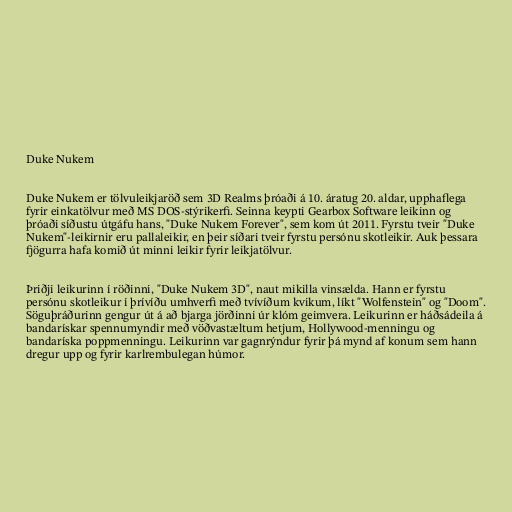
Duke Nukem

Duke Nukem er tölvuleikjaröð sem 3D Realms þróaði á 10. áratug 20. aldar, upphaflega
fyrir einkatölvur með MS DOS-stýrikerfi. Seinna keypti Gearbox Software leikinn og
þróaði síðustu útgáfu hans, "Duke Nukem Forever", sem kom út 2011. Fyrstu tveir "Duke
Nukem"-leikirnir eru pallaleikir, en þeir síðari tveir fyrstu persónu skotleikir. Auk þessara
fjögurra hafa komið út minni leikir fyrir leikjatölvur.

Þriðji leikurinn í röðinni, "Duke Nukem 3D", naut mikilla vinsælda. Hann er fyrstu
persónu skotleikur í þrívíðu umhverfi með tvívíðum kvikum, líkt "Wolfenstein" og "Doom".
Söguþráðurinn gengur út á að bjarga jörðinni úr klóm geimvera. Leikurinn er háðsádeila á
bandarískar spennumyndir með vöðvastæltum hetjum, Hollywood-menningu og
bandaríska poppmenningu. Leikurinn var gagnrýndur fyrir þá mynd af konum sem hann
dregur upp og fyrir karlrembulegan húmor.